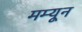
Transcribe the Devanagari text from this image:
मम्यून